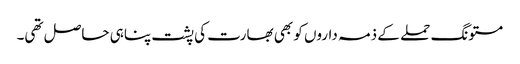
مستونگ حملے کے ذمہ داروں کو بھی بھارت کی پشت پناہی حاصل تھی۔